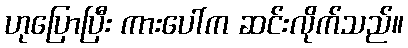
ဟုပြောပြီး ကားပေါ်က ဆင်းလိုက်သည်။